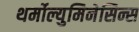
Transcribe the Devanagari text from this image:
थर्मोल्युमिनेसिन्स